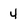
Character: 4